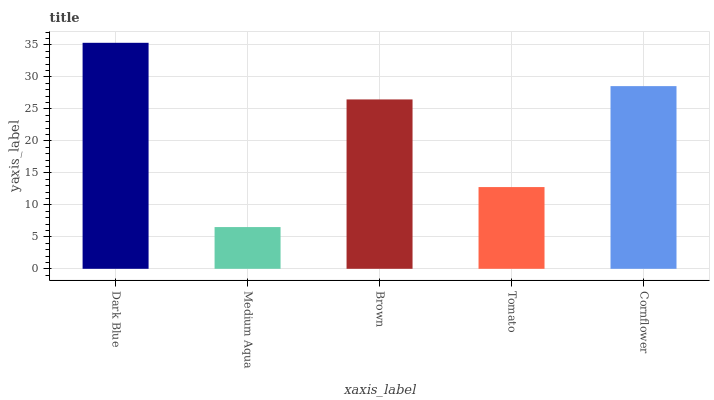
| xaxis_label | bars |
 | --- | --- |
 | Dark Blue | 35.3 |
 | Medium Aqua | 6.53 |
 | Brown | 26.5 |
 | Tomato | 12.8 |
 | Cornflower | 28.6 |